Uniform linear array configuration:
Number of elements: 4
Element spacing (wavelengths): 0.5
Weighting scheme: kaiser
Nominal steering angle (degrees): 45
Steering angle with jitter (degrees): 45.083
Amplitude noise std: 0.05
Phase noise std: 0.05

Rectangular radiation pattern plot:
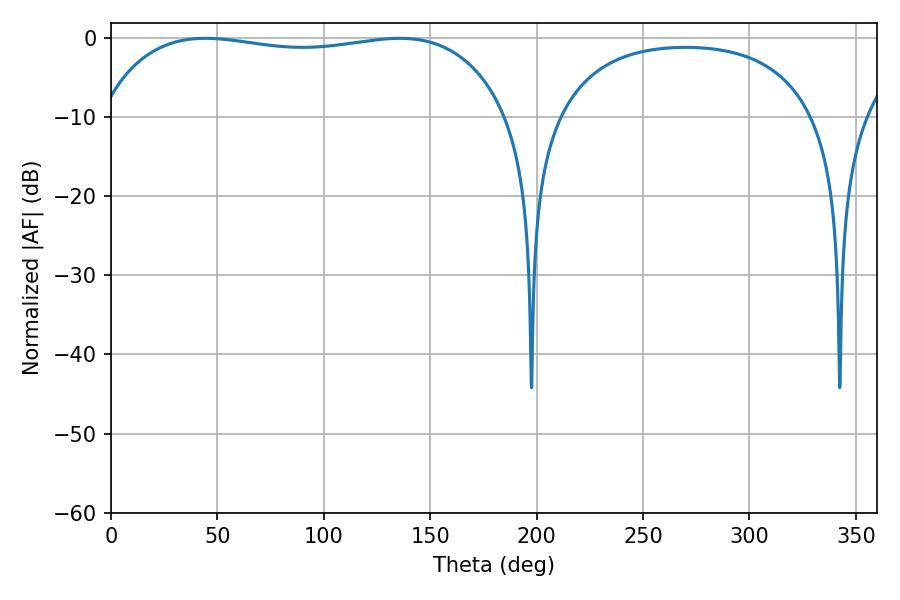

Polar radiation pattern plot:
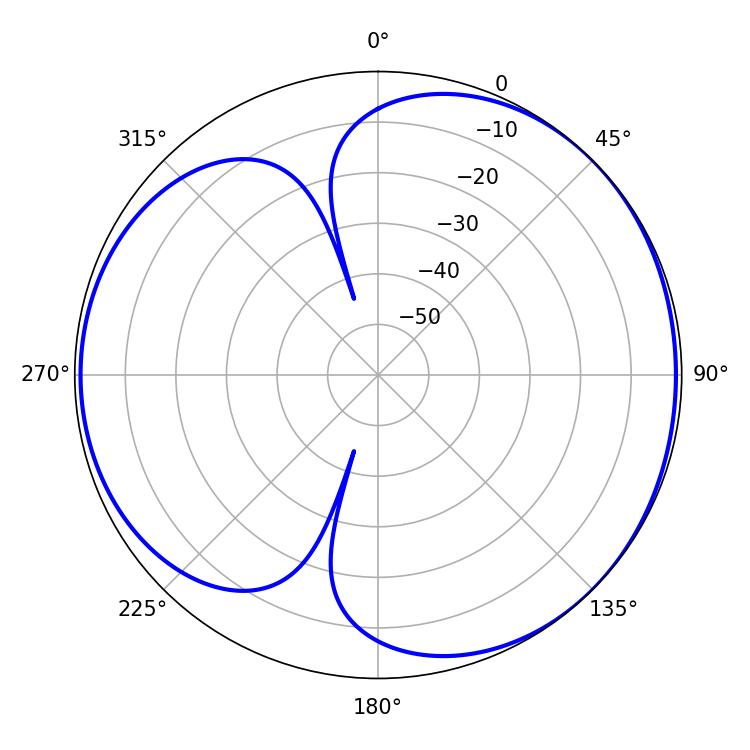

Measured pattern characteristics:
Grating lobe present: FALSE
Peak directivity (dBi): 4.269
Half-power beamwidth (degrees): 154.08
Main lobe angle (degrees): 44.28